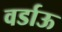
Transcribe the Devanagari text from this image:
वर्डाऊ